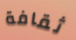
ثقافة